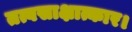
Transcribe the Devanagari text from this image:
तत्वसाक्षात्कार।